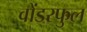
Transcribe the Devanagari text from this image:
वोंडरफुल